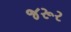
જરૂર